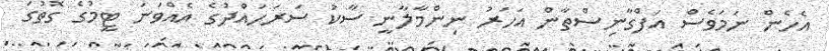
އެހެން ނަމަވެސް އަފްގާނިސްތާން އަހަރު ނިންމާލާނީ ސާކު ސަރަހައްދުގެ އެއްވަނަ ޓީމުގެ ގޮތުގަ